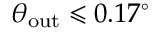
\theta _ { \mathrm { o u t } } \leqslant 0 . 1 7 ^ { \circ }